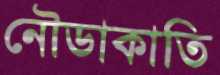
নৌডাকাতি